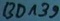
Text: BD139